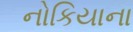
નોકિયાના